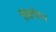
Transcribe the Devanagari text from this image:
लिटोरल